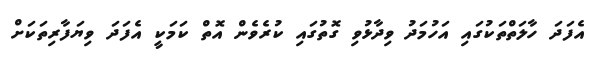
އެފަދަ ހާލަތްތަކުގައި އަހުމަދު ވިދާޅުވި ގޮތުގައި ކުރެވެން އޮތް ކަމަކީ އެފަދަ ވިޔަފާރިތަކަށް